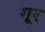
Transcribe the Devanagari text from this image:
गूर